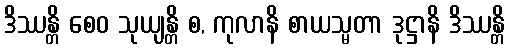
ဒိဿန္တိ စေဝ သုယျန္တိ စ, ကုလာနိ စာယသ္မတာ ဒုဋ္ဌာနိ ဒိဿန္တိ